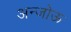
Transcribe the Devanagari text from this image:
अन्जोऊ